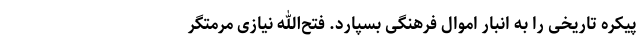
پیکره تاریخی را به انبار اموال فرهنگی بسپارد. فتح‌الله نیازی مرمتگر